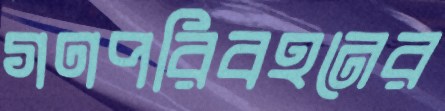
গণপরিবহনের